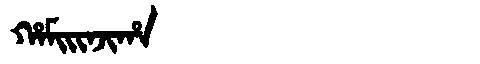
Manchu: ᡥᠠᠮᡳᡳᠨᠵᡳᡥᠠ
Romanization: HAMIINJIHA